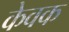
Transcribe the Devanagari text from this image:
केवक